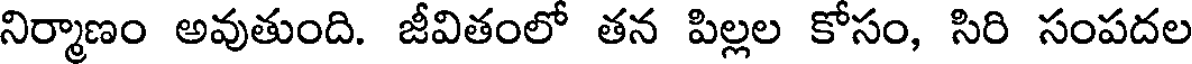
నిర్మాణం అవుతుంది. జీవితంలో తన పిల్లల కోసం, సిరి సంపదల